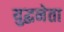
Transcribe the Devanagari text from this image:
युद्धनेता